Annual report on the health of the army in India
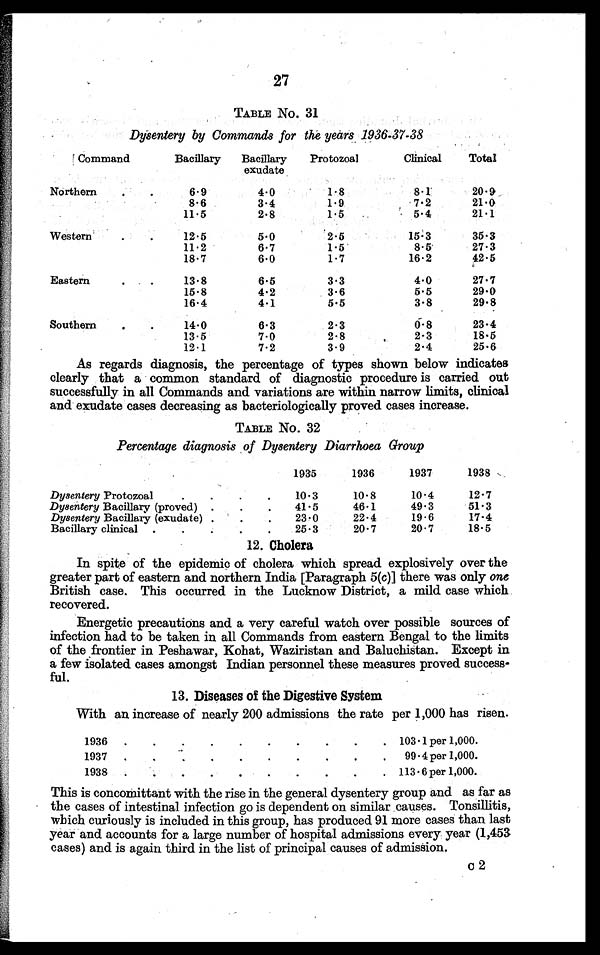
27
TABLE No. 31
Dysentery by Commands for the years 1936-37-38
Command
Bacillary
Bacillary
exudate
Protozoal
Clinical
Total
Norther
.
6 . 9
8.6
11 . 5
4.0
3.4
2.8
1.8
1.9
1.5
8.1
20.9
7.2
21.0
5 . 4
214
Western
.
.
12.5
11 . 2
18 . 7
5.0
6.7
6.0
2.5
1.5
1.7
15.3
35.3
8.5
27.3
16.2
42.5
Eastern
.
.
13.8
15 . 8
16 . 4
6.5
4.2
4.1
3.3
3.6
5.5
4.0
27.7
5.5
29.0
3.8
29.8
Southern
.
.
14.0
13 . 5
12 . 1
6.3
7.0
7.2
2.3
2.8
3.9
0.8
23.4
2.3
18.5
2.4
25.6
As regards diagnosis, the percentage of types shown below indicates
clearly that a common standard of diagnostic procedure is carried out
successfully in all Commands and variations are within narrow limits, clinical
and exudate cases decreasing as bacteriologically proved cases increase.
TABLE No. 32
Percentage diagnosis of Dysentery Diarrhoea Group
1935
1936
1937
1938
Dysentery Protozoal
.
.
.
.
10.3
10.8
10.4
12.7
Dysentery Bacillary (proved) .
.
41.5
46.1
49.3
51.3
Dysentery Bacillary (exudate) .
.
.
23.0
22.4
19.6
17.4
Bacillary clinical .
.
.
.
25.3
20.7
20.7
18.5
12. Cholera
In spite of the epidemic of cholera which spread explosively over the
greater part of eastern and northern India [Paragraph 5(c)] there was only one
British case. This occurred in the Lucknow District, a mild case which
recovered.
Energetic precautions and a very careful watch over possible sources of
infection had to be taken in all Commands from eastern Bengal to the limits
of the frontier in Peshawar, Kohat, Waziristan and Baluchistan. Except in
a few isolated cases amongst Indian personnel these measures proved success-
ful.
13. Diseases of the Digestive System
With an increase of nearly 200 admissions the rate per 1,000 has risen.
1936
.
. . . . . . . . .
103 . 1 per 1,000.
1937
.
.
.
.
. . . . . . .
99 . 4 per 1,000.
1938
.
.
.
.
.
.
.
.
. 113 . 6 per 1,000.
This is concomittant with the rise in the general dysentery group and as far as
the cases of intestinal infection go is dependent on similar causes. Tonsillitis,
which curiously is included in this group, has produced 91 more cases than last
year and accounts for a large number of hospital admissions every year (1,453
cases) and is again third in the list of principal causes of admission.